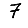
Digit: 7